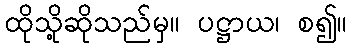
ထိုသို့ဆိုသည်မှ။ ပဋ္ဌာယ၊ စ၍။